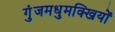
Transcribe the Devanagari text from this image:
गुंजमधुमक्खियों